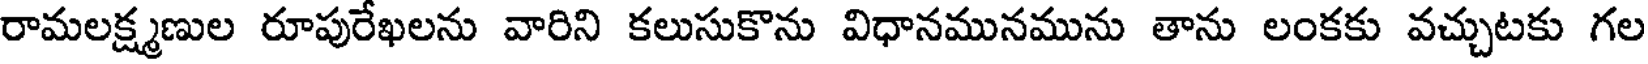
రామలక్ష్మణుల రూపురేఖలను వారిని కలుసుకొను విధానమునమును తాను లంకకు వచ్చుటకు గల